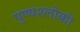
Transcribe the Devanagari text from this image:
पुण्‍यश्‍लोकी